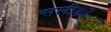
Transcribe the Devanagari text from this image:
सलीकों